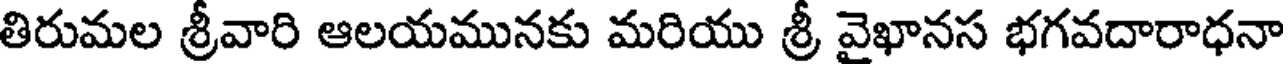
తిరుమల శ్రీవారి ఆలయమునకు మరియు శ్రీ వైఖానస భగవదారాధనా